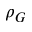
\rho _ { G }